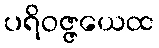
ပရိဝဇ္ဇယေထ